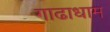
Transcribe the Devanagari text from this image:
गाढाधाम